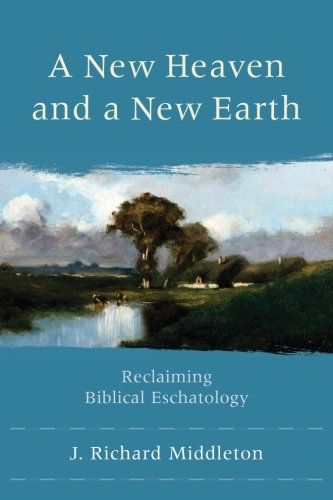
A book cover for A New Heaven and a New Earth: Reclaiming Biblical Eschatology; J. Richard Middleton; Christian Books & Bibles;